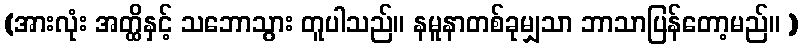
(အားလုံး အတ္ထိနှင့် သဘောသွား တူပါသည်။ နမူနာတစ်ခုမျှသာ ဘာသာပြန်တော့မည်။ )